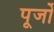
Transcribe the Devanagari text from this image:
पूर्जो